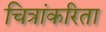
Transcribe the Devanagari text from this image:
चित्रांकरिता